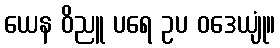
ယေန ဝိညူ ပရေ ဥပ ဝဒေယျုံ။